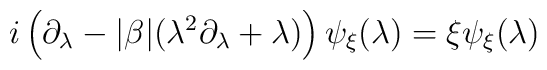
i \left(\partial_\lambda -\vert \beta\vert(\lambda^2 \partial_\lambda +\lambda)\right) \psi_\xi(\lambda) = \xi \psi_\xi (\lambda)